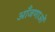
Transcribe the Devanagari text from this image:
आँजणाओं